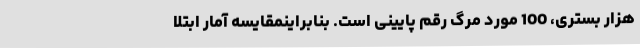
هزار بستری، 100 مورد مرگ رقم پایینی است. بنابراینمقایسه آمار ابتلا